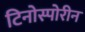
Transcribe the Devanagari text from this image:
टिनोस्पोरीन